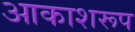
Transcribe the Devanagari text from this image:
आकाशरूप